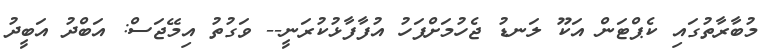
މުބާރާތުގައި ކެޕްޓަން އަކޫ ލަނޑު ޖެހުމަށްފަހު އުފާފާޅުކުރަނީ-- ވަގުތު އިމޭޖަސް: އަބްދު އަބީދު